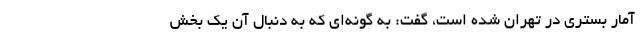
آمار بستری در تهران شده است، گفت: به گونه‌ای که به دنبال آن یک بخش